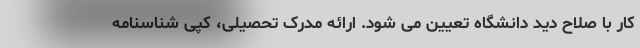
کار با صلاح دید دانشگاه تعیین می شود. ارائه مدرک تحصیلی، کپی شناسنامه